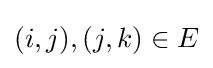
(i,j),(j,k)\in E